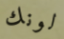
لونك